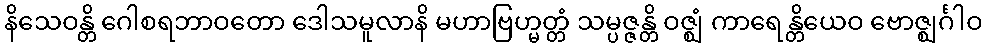
နိသေဝန္တိ ဂေါစရဘာဝတော ဒေါသမူလာနိ မဟာဗြဟ္မတ္တံ သမ္ပဇ္ဇန္တိ ဝဇ္ဈံ ကာရေန္တိယေဝ ဗောဇ္ဈင်္ဂါဝ